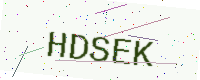
Text: HDSEK